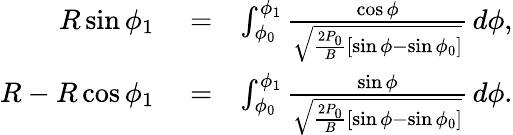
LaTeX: \begin{array}{rlr}{R\sin\phi_{1}}&{{}=}&{\int_{\phi_{0}}^{\phi_{1}}\frac{\cos\phi}{\sqrt{\frac{2P_{0}}{B}[\sin\phi-\sin\phi_{0}]}}\, d\phi,}\\ {R-R\cos\phi_{1}}&{{}=}&{\int_{\phi_{0}}^{\phi_{1}}\frac{\sin\phi}{\sqrt{\frac{2P_{0}}{B}[\sin\phi-\sin\phi_{0}]}}\, d\phi.}\end{array}